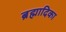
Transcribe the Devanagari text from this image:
ब्रह्मादिका